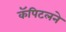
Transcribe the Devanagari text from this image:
कॅपिटलने